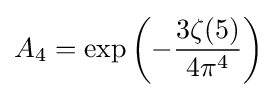
A_{4}=\exp \left(-{\frac {3\zeta (5)}{4\pi ^{4}}}\right)